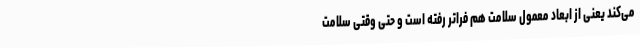
می‌کند یعنی از ابعاد معمول سلامت هم فراتر رفته است و حتی وقتی سلامت